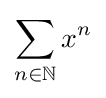
\sum _{n\in \mathbb {N} }x^{n}